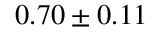
0 . 7 0 \pm 0 . 1 1